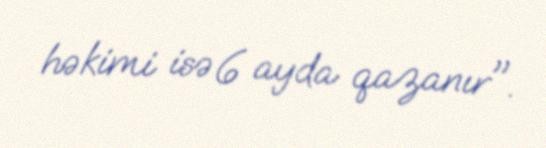
həkimi isə 6 ayda qazanır".